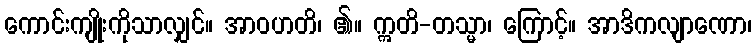
ကောင်းကျိုးကိုသာလျှင်။ အာဝဟတိ၊ ၏။ ဣတိ-တသ္မာ၊ ကြောင့်။ အာဒိကလျာဏော၊